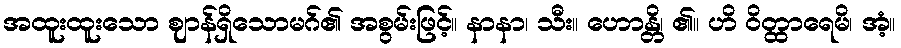
အထူးထူးသော ဈာန်ရှိသောမဂ်၏ အစွမ်းဖြင့်။ နာနာ၊ သီး။ ဟောန္တိ၊ ၏။ ဟိ ဝိတ္ထာရေမိ၊ အံ့။